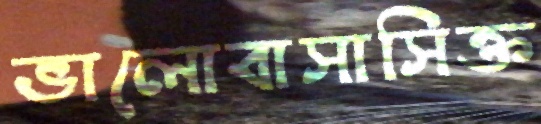
ভালোবাসাসিক্ত